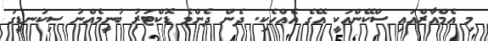
މި އެމްއާރްއައި ސްކޭންއަކީ އޭގެ އެއްހެކި. ދެން ދެންމެ ޑޮކްޓަރު ބުނީމެއްނު ސިކުނޑީގަ